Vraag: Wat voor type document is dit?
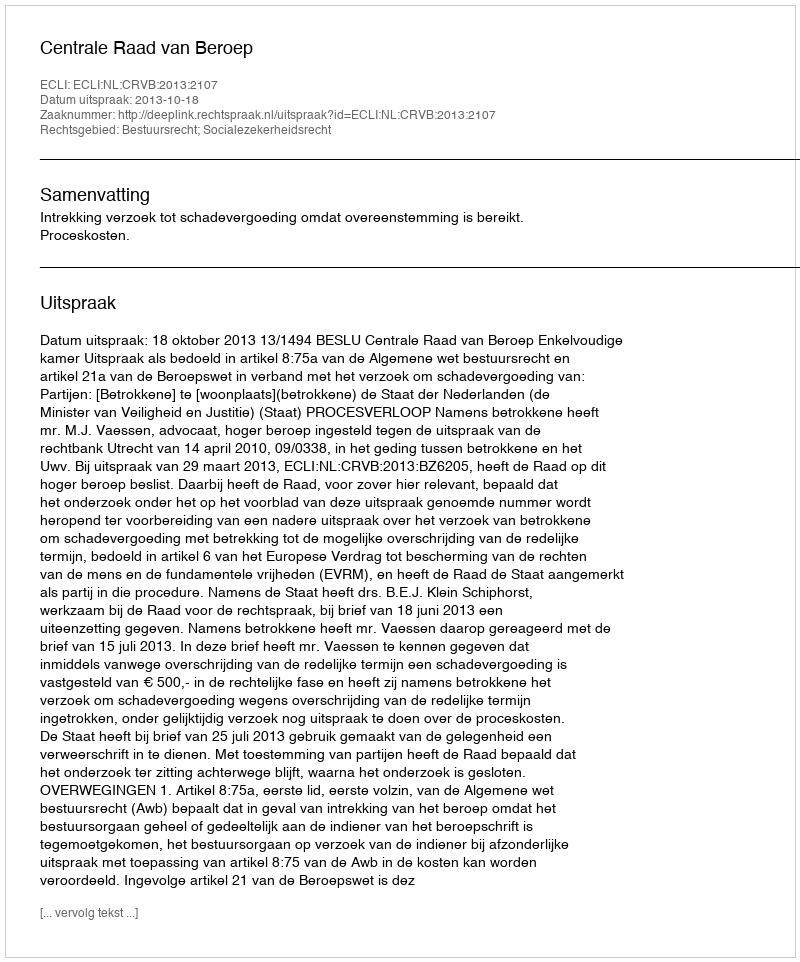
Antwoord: Uitspraak